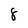
Character: 8